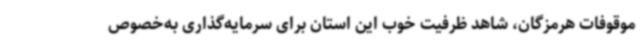
موقوفات هرمزگان، شاهد ظرفیت خوب این استان برای سرمایه‌گذاری به‌خصوص